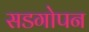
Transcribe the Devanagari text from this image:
सडगोपन